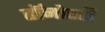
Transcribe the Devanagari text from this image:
हॉनोररी